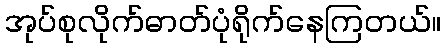
အုပ်စုလိုက်ဓာတ်ပုံရိုက်နေကြတယ်။